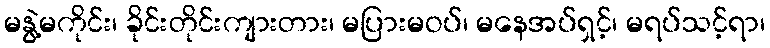
မနွဲ့မကိုင်း၊ ခိုင်းတိုင်းကျားတား၊ မပြားမဝပ်၊ မနေအပ်ရှင့်၊ မရပ်သင့်ရာ၊